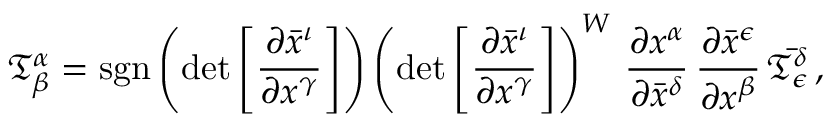
{ \mathfrak { T } } _ { \beta } ^ { \alpha } = \operatorname { s g n } \left( \operatorname* { d e t } { \left[ { \frac { \partial { \bar { x } } ^ { \iota } } { \partial { x } ^ { \gamma } } } \right] } \right) \left( \operatorname* { d e t } { \left[ { \frac { \partial { \bar { x } } ^ { \iota } } { \partial { x } ^ { \gamma } } } \right] } \right) ^ { W } \, { \frac { \partial { x } ^ { \alpha } } { \partial { \bar { x } } ^ { \delta } } } \, { \frac { \partial { \bar { x } } ^ { \epsilon } } { \partial { x } ^ { \beta } } } \, { \bar { \mathfrak { T } } } _ { \epsilon } ^ { \delta } \, ,